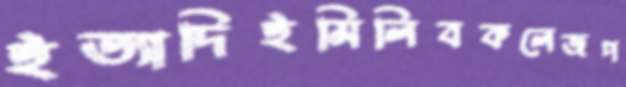
ইত্যাদিইমিলিবকলেজপ